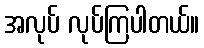
အလုပ် လုပ်ကြပါတယ်။